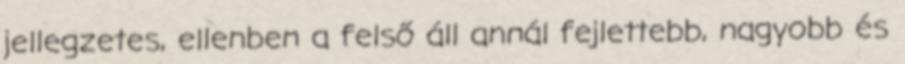
jellegzetes, ellenben a felső áll annál fejlettebb, nagyobb és